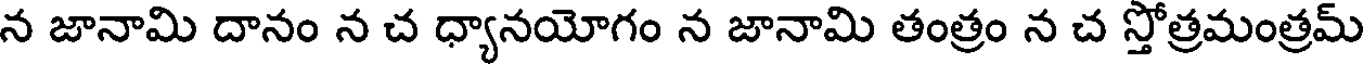
న జానామి దానం న చ ధ్యానయోగం న జానామి తంత్రం న చ స్తోత్రమంత్రమ్